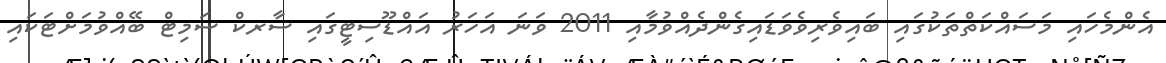
އެންމެހައި މަސައްކަތްތަކުގައި ބައިވެރިވެވަޑައިގެންދެއްވުމާއި 2011 ވަނަ އަހަރު އައްޑޫސިޓީގައި ސާރކް ސަމިޓް ބޭއްވުމަށްޓަކައި